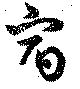
宿